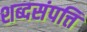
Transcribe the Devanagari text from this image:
शब्दसंपत्ति